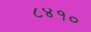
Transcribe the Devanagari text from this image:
८४१०